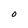
Character: O